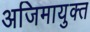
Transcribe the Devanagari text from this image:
अजिमायुक्त